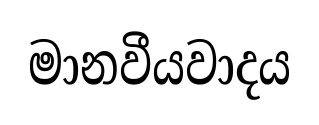
මානවීයවාදය